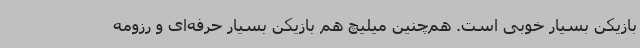
بازیکن بسیار خوبی است. هم‌چنین میلیچ هم بازیکن بسیار حرفه‌ای و رزومه